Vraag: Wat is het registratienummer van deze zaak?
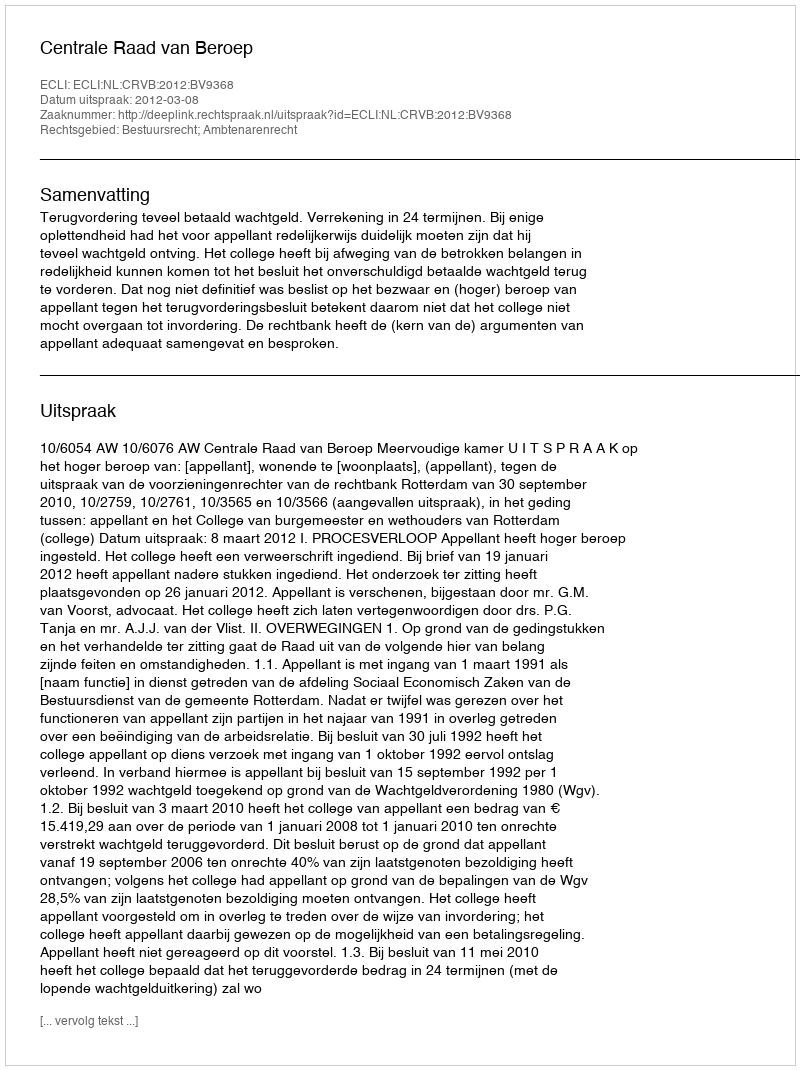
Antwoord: http://deeplink.rechtspraak.nl/uitspraak?id=ECLI:NL:CRVB:2012:BV9368